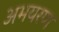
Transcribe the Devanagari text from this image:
अभयरण